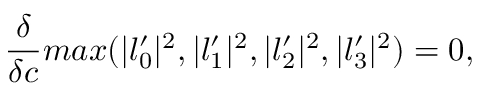
{ \frac { \delta } { \delta c } } m a x ( | l _ { 0 } ^ { \prime } | ^ { 2 } , | l _ { 1 } ^ { \prime } | ^ { 2 } , | l _ { 2 } ^ { \prime } | ^ { 2 } , | l _ { 3 } ^ { \prime } | ^ { 2 } ) = 0 ,